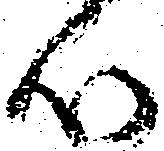
心